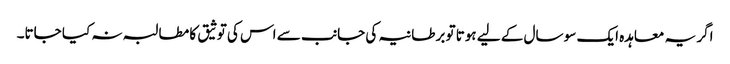
اگر یہ معاہدہ ایک سو سال کے لیے ہوتا تو برطانیہ کی جانب سے اس کی توثیق کا مطالبہ نہ کیا جاتا۔